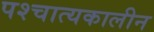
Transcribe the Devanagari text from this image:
पश्चात्यकालीन